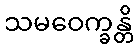
သမဝေက္ခန္တိ